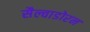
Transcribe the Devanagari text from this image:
सैल्वाडोरन